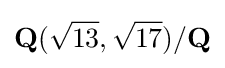
{\mathbf {Q} }({\sqrt {13}},{\sqrt {17}})/{\mathbf {Q} }